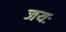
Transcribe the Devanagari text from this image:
जयः